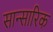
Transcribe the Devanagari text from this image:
सान्सारिक